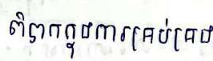
ពិបាកក្នុងការគ្រប់គ្រង